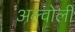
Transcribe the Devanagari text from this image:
अल्वोली